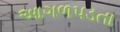
આગળપડતા